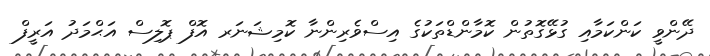
ދޭންވީ ކަންކަމާއި ގުޅޭގޮތުން ކޮމާންޑްތަކުގެ އިސްވެރިންނާ ކޮމިޝަނަރ އޮފް ޕޮލިސް އަޙްމަދު އަރީފް